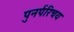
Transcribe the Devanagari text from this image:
पुनर्परिचय